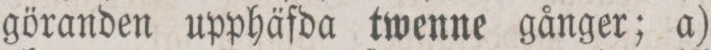
göranden upphäfda twenne gånger; a)